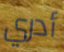
أدري